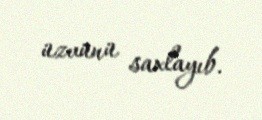
üzvünü saxlayıb.